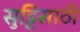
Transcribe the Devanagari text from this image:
सुट्टिसाठी